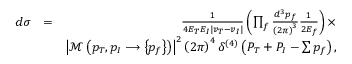
\begin{array} { r l r } { d \sigma } & { = } & { \frac { 1 } { 4 E _ { T } E _ { I } \left\vert v _ { T } - v _ { I } \right\vert } \left( \prod _ { f } \frac { d ^ { 3 } p _ { f } } { \left( 2 \pi \right) ^ { 3 } } \frac { 1 } { 2 E _ { f } } \right) \times } \\ & { } & { \left\vert \mathcal { M } \left( p _ { T } , p _ { I } \longrightarrow \left\{ p _ { f } \right\} \right) \right\vert ^ { 2 } \left( 2 \pi \right) ^ { 4 } \delta ^ { \left( 4 \right) } \left( P _ { T } + P _ { I } - \sum p _ { f } \right) , } \end{array}